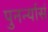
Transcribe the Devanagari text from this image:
पुनर्न्यासं